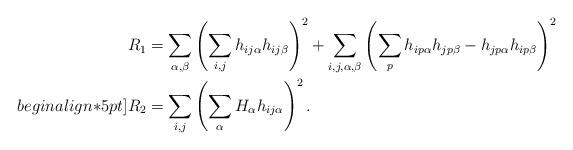
LaTeX: \begin{align*}&R_1 = \sum\limits_{\alpha,\beta}\left(\sum\limits_{i,j}h_{ij\alpha}h_{ij\beta}\right)^2+\sum\limits_{i,j,\alpha,\beta}\left(\sum\limits_p h_{ip\alpha}h_{jp\beta}-h_{jp\alpha}h_{ip\beta}\right)^2 \\begin{align*}5pt]&R_2 = \sum\limits_{i,j}\left(\sum\limits_{\alpha}H_{\alpha}h_{ij\alpha}\right)^2.\end{align*}